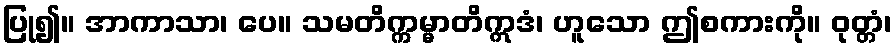
ပြု၍။ အာကာသာ၊ ပေ။ သမတိက္ကမ္မာတိဣဒံ၊ ဟူသော ဤစကားကို။ ဝုတ္တံ၊